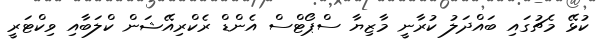
ކުޅޭ މެޗުގައި ބައްދަލު ކުރާނީ މާޒިޔާ ސްޕޯޓްސް އެންޑް ރެކްރިއޭޝަން ކްލަބާއި ވިކްޓަރީ